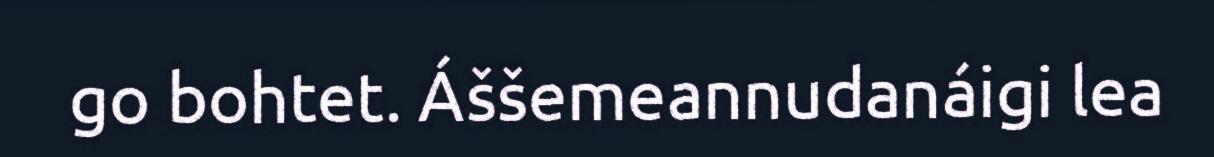
go bohtet. Áššemeannudanáigi lea